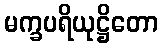
မက္ခပရိယုဋ္ဌိတော